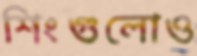
শিংগুলোও